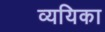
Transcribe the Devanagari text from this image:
व्ययिका